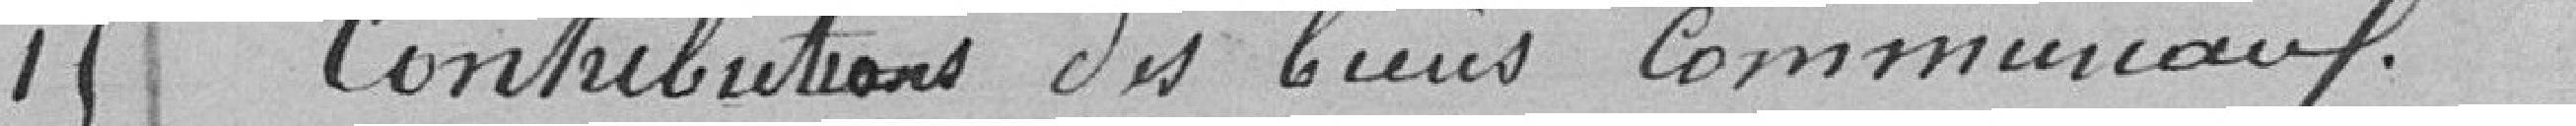
15 Contribution des biens communaux.